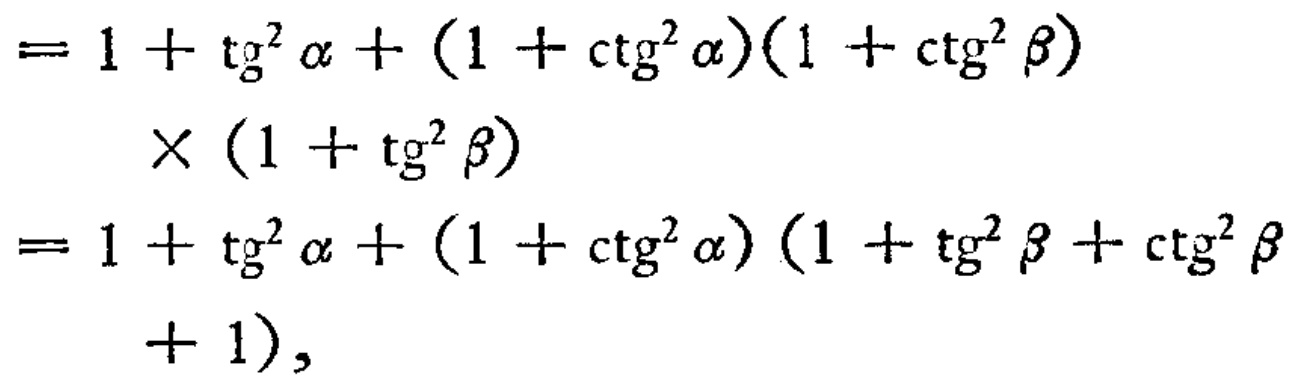
\[

\begin{align*}

=&1 + \mathrm{tg}^{2}\alpha+(1 + \mathrm{ctg}^{2}\alpha)(1 + \mathrm{ctg}^{2}\beta)\\

&\times(1 + \mathrm{tg}^{2}\beta)\\

=&1 + \mathrm{tg}^{2}\alpha+(1 + \mathrm{ctg}^{2}\alpha)(1 + \mathrm{tg}^{2}\beta+\mathrm{ctg}^{2}\beta\\

&+ 1),

\end{align*}

\]